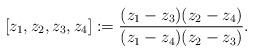
LaTeX: \begin{align*}[z_1, z_2, z_3, z_4] := \frac{(z_1- z_3)(z_2 - z_4)}{(z_1 - z_4)(z_2- z_3)}.\end{align*}